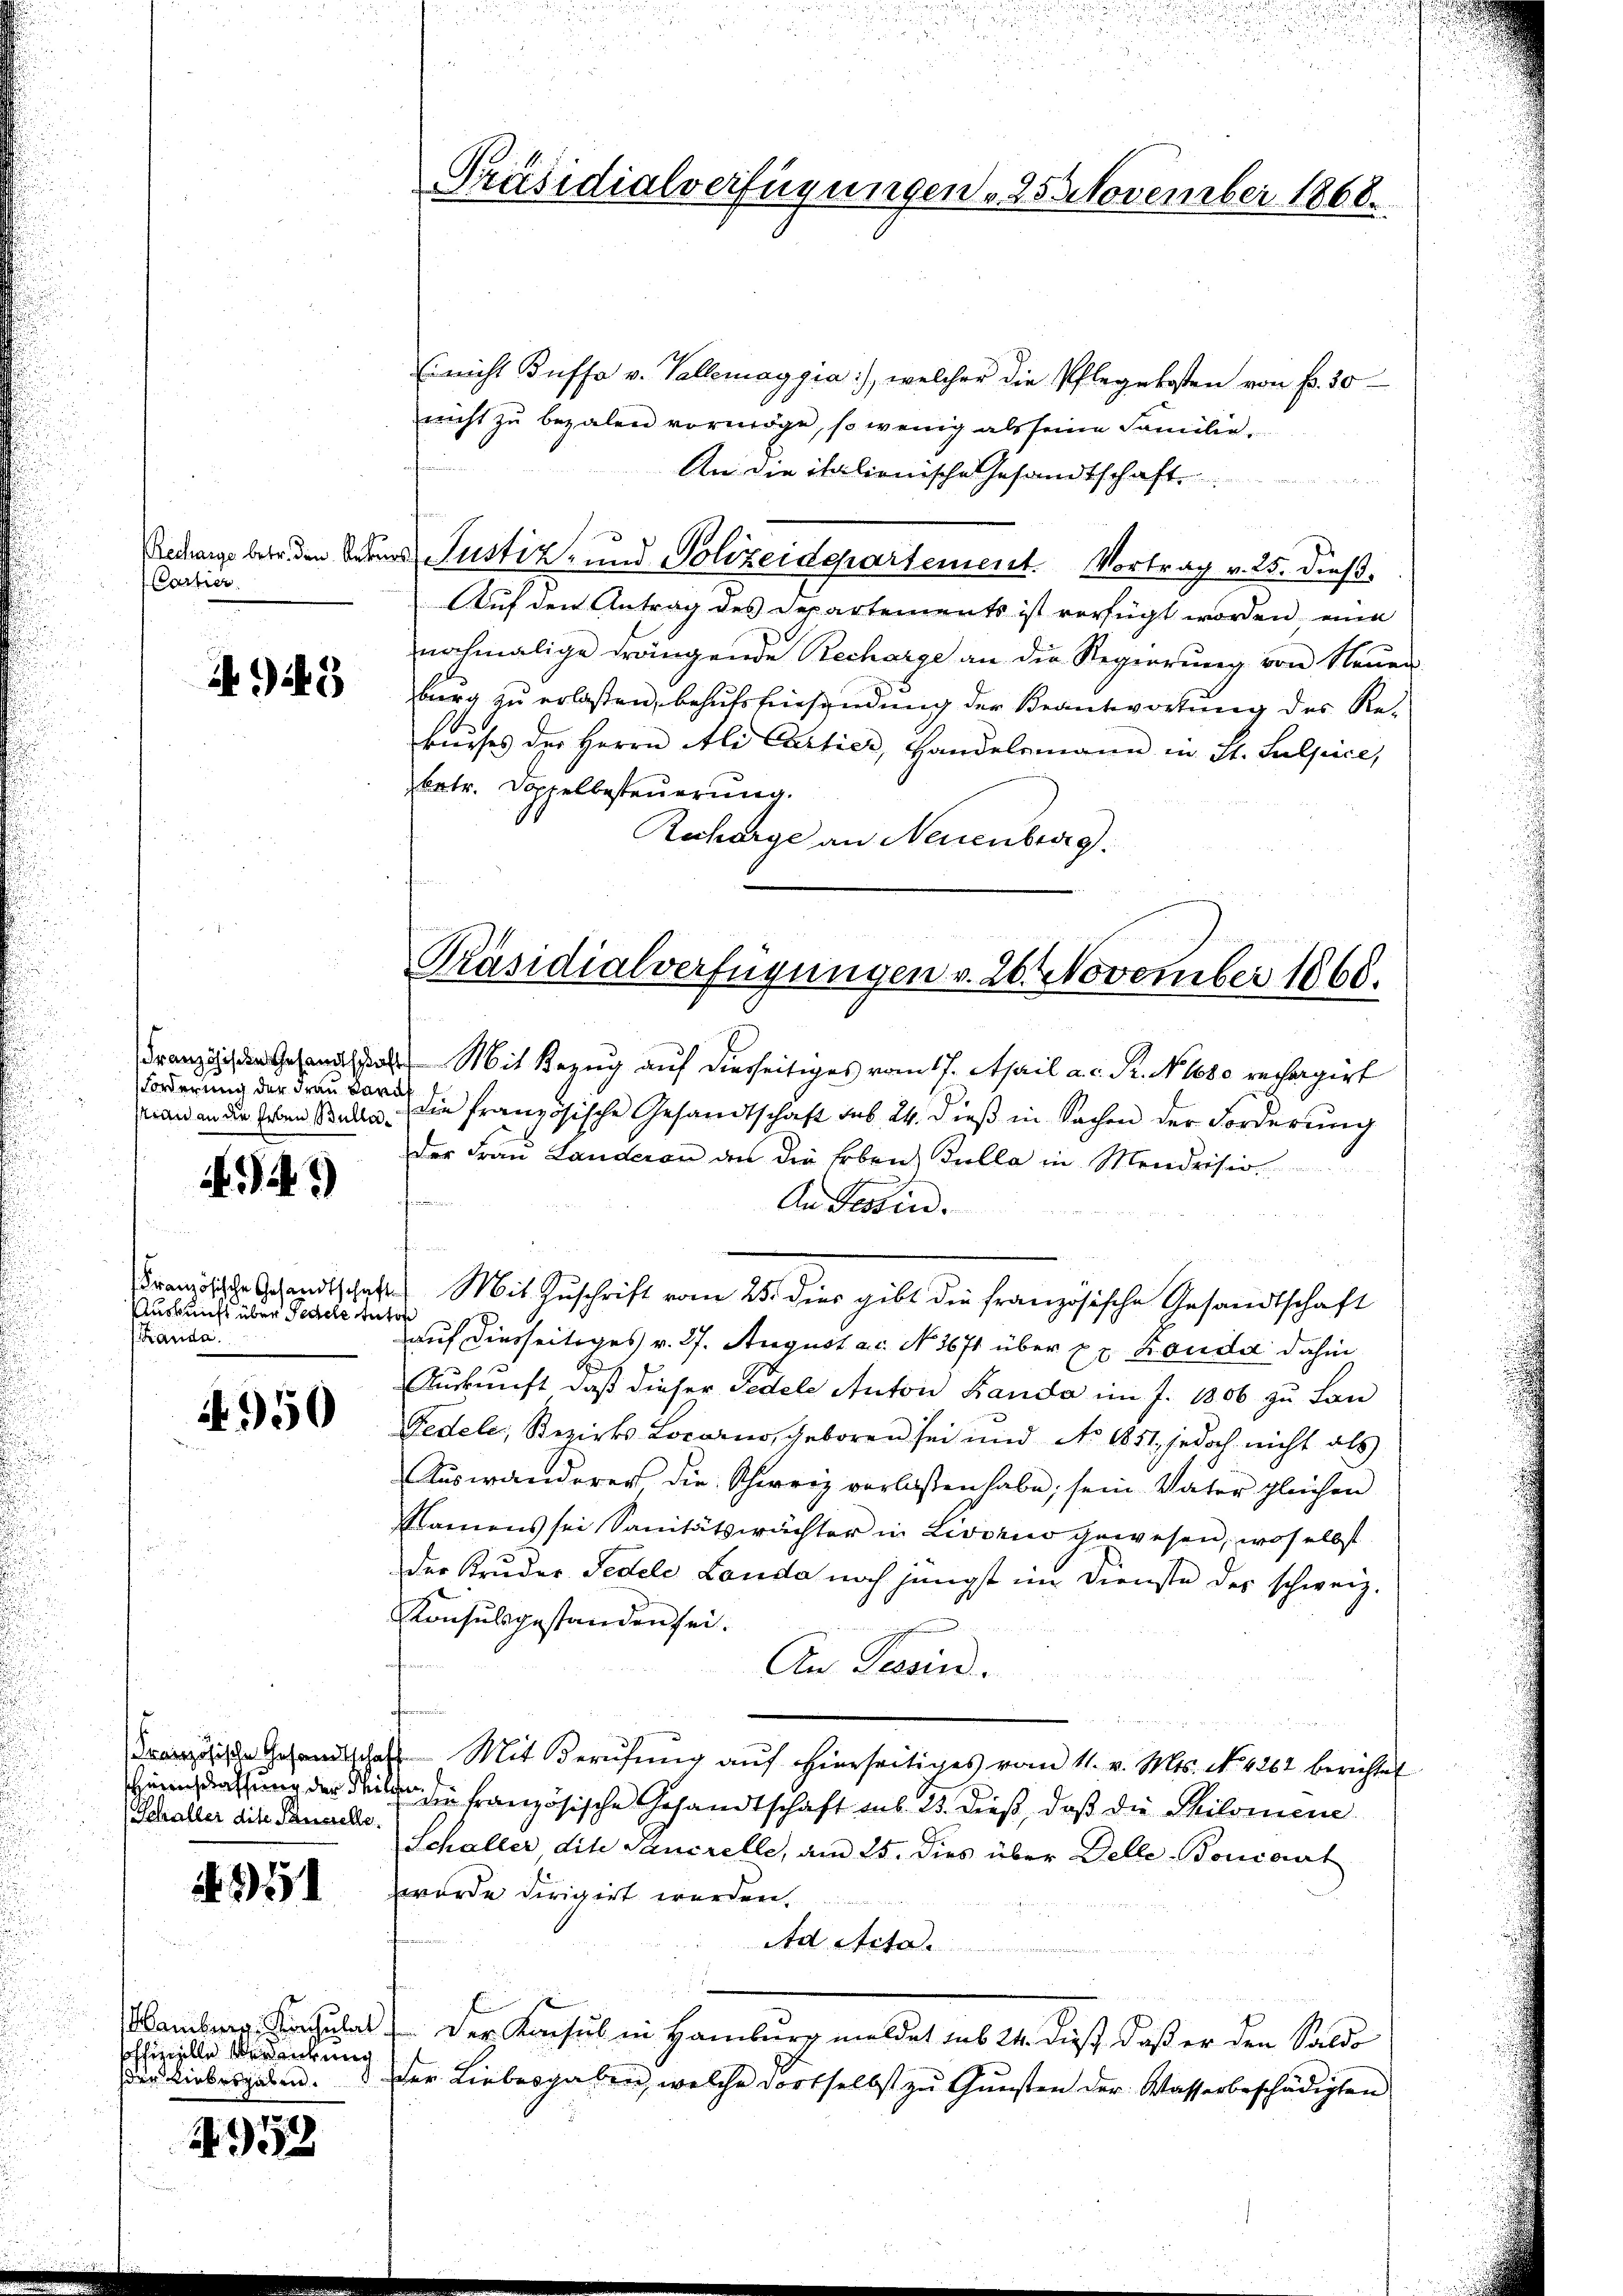
Cartier

9445

Forderung der Frau Kari

.41)

Auskunft über Pedele Autor
Branda.

950

Hirnschaffung der S
Schaller die Pancelle.

951

Hamberg, Kirculat
schinelle Verdankung
ser Liebesgaben.

4952

Ei nicht Kuffe v. Vallemaggia), welcher die Pflegekosten von fr. 30
nicht zu bezalen vormöge, so wenig als seine Familie
An die italienische Gesandtschaft
r
Redings betr. den Vater Justiz- und Polizeidepartement. Vortrag v. 25. dieß.
Auf den Antrag des Departements ist verfügt worden eine
nochmalige drängende Recharge an die Regierŭng von Neuen-
burg zu erlassen, behufsfürsendung der Beantwortung des Rekurses der Herrn Ali Cartier, Handelsmann in St. Sulpice,
betr. Doppelbesteuerung.
Rucharge an Neuenburg.

Franzosen Gesandtes Mit Bezug auf dieseitiges vom 17. April a. c. R. No 108. rechargirt
tian an die Erben Stude, die französische Gesandtschaft das 24. dieβ in Sachen der Forderung
der Frau Landeren den die Erben Tulla in Mendrision
ofeinen
An Tessin.
Si
Brandte Gesandtschaft. Mit Zuschrift vom 25. dies gibt die Französische Gesandtschaft
auf diesseitiges v. 27. August ac. No. 1671 über pr. Konda dahin
Auskunft daß dieser Pedele Anton Landa im J. 1806 zu Lan
Fedele, Bezirks Locarno, geboren sei und No 1811, jedoch nicht als
Auswanderer, die Schweiz verlassen habe; sein Vater gleichen
Namens sei Sanitätswächter in Livorno gewesen, woselbst
der Kruder Fedele Landa noch jüngst im Dienste der schweiz.
Konsulsgestanden sei.
An Tessin.
Französische Gesandtschaft Mit Berufung auf hierseitiges vom 11. v. Mts. No. 4262 berichtet
 die französische Gesandtschaft aus 25. dieß, daß die Philomene
Schaller die Sancrelle, am 25. dies über Delle Bonaert
wurde dirigirt werden.
Ad Acta.
Der Konsul in Hamburg meldet sub 24. dieß, daß er den Saldo
der Liebesgaben, welche dortselbst zu Gunsten der Wasserbeschädigten

Präsidialverfügungen 25 November 1868.

Präsidialverfügungen v. 26 November 1868.